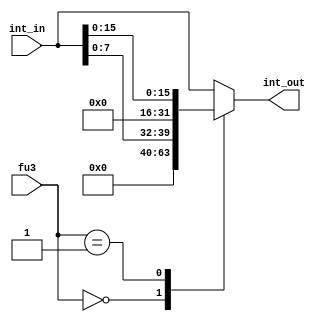
module store_unit(

input [31:0] int_in,
input [2:0] fu3,
output reg [31:0] int_out
);

always@(*)
begin
	case(fu3)
		3'b010 : int_out <= int_in;     						//sw
		3'b000 : int_out <= {24'b0,int_in[7:0]};			//sb
		3'b001 : int_out <= {16'b0,int_in[15:0]};			//sh
		default : int_out <= int_in;
		endcase
end

endmodule